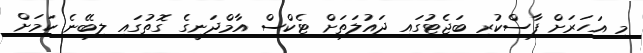
މި އަހަރަށް ފާސްކުރި ބަޖެޓުގައި ދައުލަތަށް ޓެކްސް އާމްދަނީގެ ގޮތުގައި ލިބޭނެ ކަމަށް